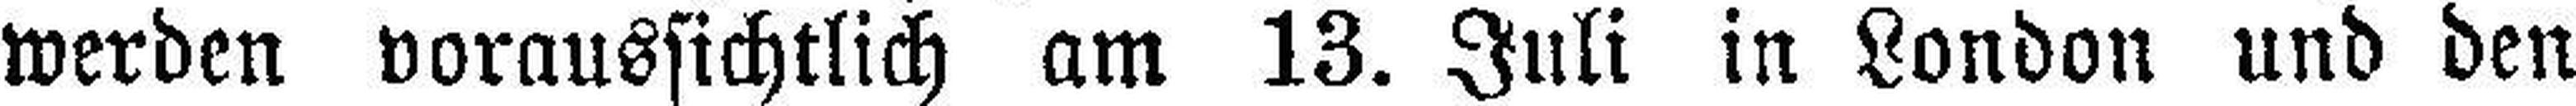
werden voraussichtlich am 13. Juli in London und den